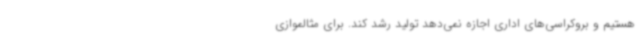
هستیم و بروکراسی‌های اداری اجازه نمی‌دهد تولید رشد کند. برای مثالموازی